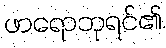
ဖာရောဘုရင်၏